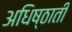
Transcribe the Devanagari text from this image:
अधिष्ठाती